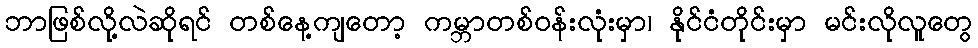
ဘာဖြစ်လို့လဲဆိုရင် တစ်နေ့ကျတော့ ကမ္ဘာတစ်ဝန်းလုံးမှာ၊ နိုင်ငံတိုင်းမှာ မင်းလိုလူတွေ